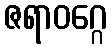
ဇရာဝဂ္ဂေ